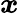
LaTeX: \boldsymbol{x}